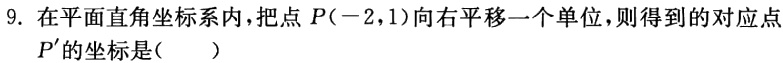
9. 在平面直角坐标系内，把点\(P(-2,1)\)向右平移一个单位，则得到的对应点\(P'\)的坐标是（  ）